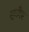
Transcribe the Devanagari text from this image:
एन्ज़ैक